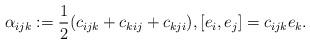
LaTeX: \begin{align*}\alpha _{ijk}:= \frac{1}{2} (c_{ijk}+ c_{kij} + c_{kji}), [ e_{i},e_{j} ] = c_{ijk} e_{k} .\end{align*}